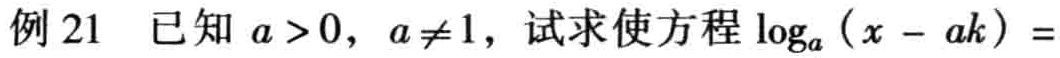
例 21 已知 \(a > 0\)，\(a \neq 1\)，试求使方程 \(\log_{a}(x - ak)=\)